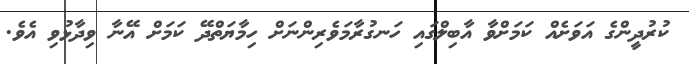
ކުރުދީންގެ އަވަށެއް ކަމަށްވާ އާބިލްގައި ހަނގުރާމަވެރިންނަށް ހިމާޔަތްދޭ ކަމަށް އޭނާ ވިދާޅުވި އެވެ.